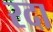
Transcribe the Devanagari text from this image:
रदा